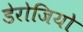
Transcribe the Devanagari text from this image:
डेरोजियो